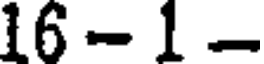
16 - 1 -